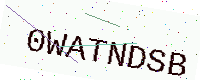
Text: 0WATNDSB